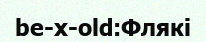
be-x-old:Флякі